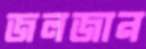
জলজান